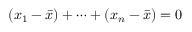
( x _ { 1 } - { \bar { x } } ) + \dotsb + ( x _ { n } - { \bar { x } } ) = 0